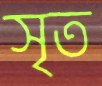
সৃত